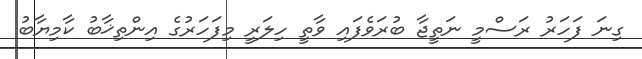
ގިނަ ފަހަރު ރަސްމީ ނަތީޖާ ބުރަވެފައި ވާތީ ހިލަރީ މިފަހަރުގެ އިންތިޚާބު ކާމިޔާބު